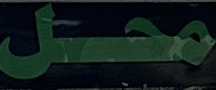
محل